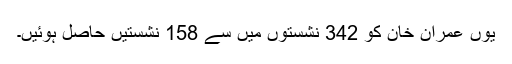
یوں عمران خان کو 342 نشستوں میں سے 158 نشستیں حاصل ہوئیں۔